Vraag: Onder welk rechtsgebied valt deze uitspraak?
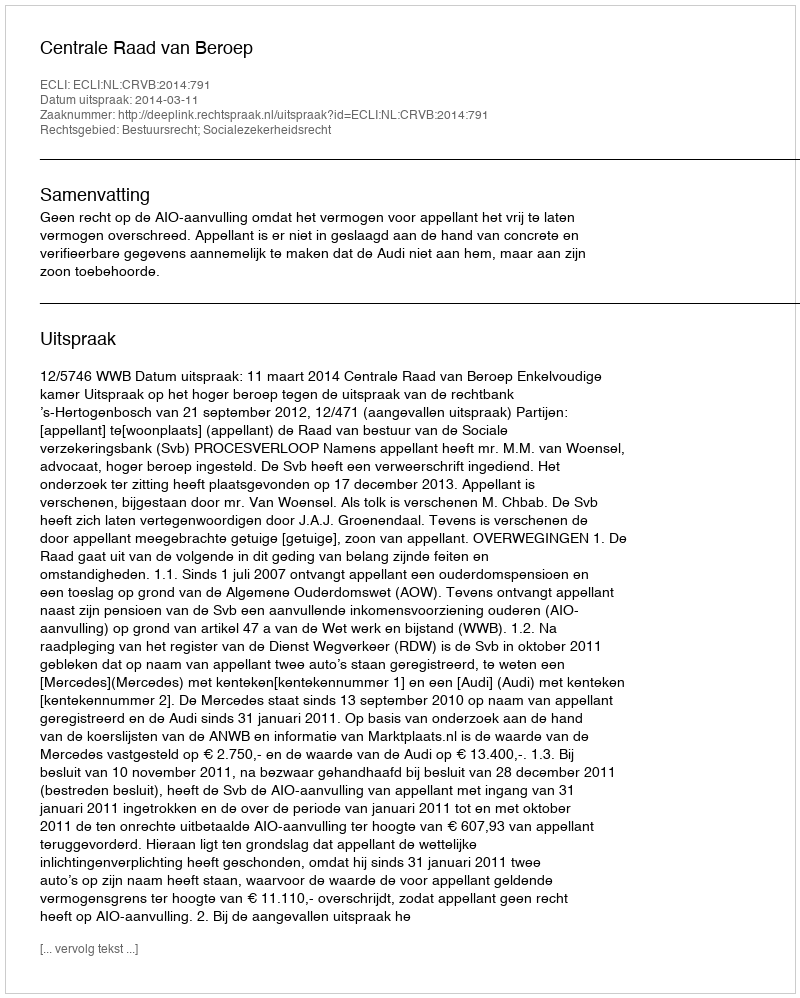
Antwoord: Bestuursrecht; Socialezekerheidsrecht